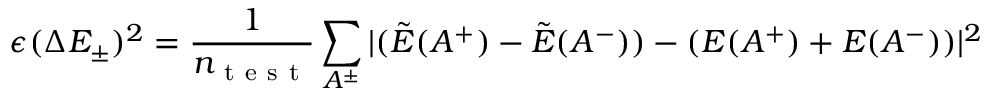
\epsilon ( \Delta E _ { \pm } ) ^ { 2 } = \frac { 1 } { n _ { \mathrm { ~ t ~ e ~ s ~ t ~ } } } \sum _ { A ^ { \pm } } | ( \tilde { E } ( A ^ { + } ) - \tilde { E } ( A ^ { - } ) ) - ( { E } ( A ^ { + } ) + { E } ( A ^ { - } ) ) | ^ { 2 }